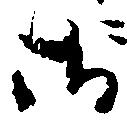
御